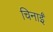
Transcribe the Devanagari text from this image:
चिनाईं